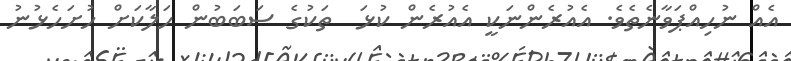
އެއް ނުހިއްޕަވާނެތެވެ. އެއުރެންނަކީ އެއުރެން ކުޅަ  ތަކުގެ ސަބަބުން ހަލާކަށް ހުށަހެޅުނު